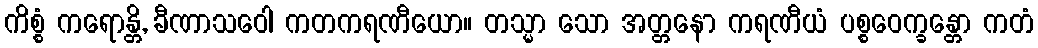
ကိစ္စံ ကရောန္တိ, ခီဏာသဝေါ ကတကရဏီယော။ တသ္မာ သော အတ္တနော ကရဏီယံ ပစ္စဝေက္ခန္တော ကတံ